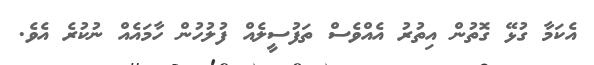
އެކަމާ ގުޅޭ ގޮތުން އިތުރު އެއްވެސް ތަފުސީލެއް ފުލުހުން ހާމައެއް ނުކުރެ އެވެ.